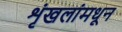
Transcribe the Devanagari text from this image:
शृंखलांमधून